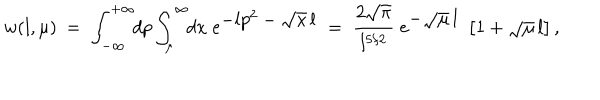
w ( l , \mu ) \: = \; \int _ { - \infty } ^ { + \infty } \! \! d p \int _ { \mu } ^ { \infty } \! \! d x \; \mathrm { e } ^ { \textstyle - l p ^ { 2 } - \sqrt { x } \, l } \; = \; \frac { 2 \sqrt { \pi } } { l ^ { 5 / 2 } } \; \mathrm { e } ^ { \textstyle - \sqrt { \mu } \, l } \; \left[ 1 + \sqrt { \mu } \, l \right] ,